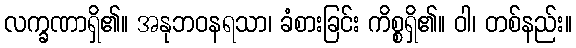
လက္ခဏာရှိ၏။ အနုဘဝနရသာ၊ ခံစားခြင်း ကိစ္စရှိ၏။ ဝါ၊ တစ်နည်း။